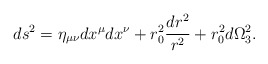
\begin{align*}ds^2=\eta_{\mu\nu}dx^\mu dx^\nu+r_0^2\frac{dr^2}{r^2}+r_0^2d\Omega_3^2.\end{align*}